Sketch of the medical history of the native army of Bombay, for the year
Year: 1870
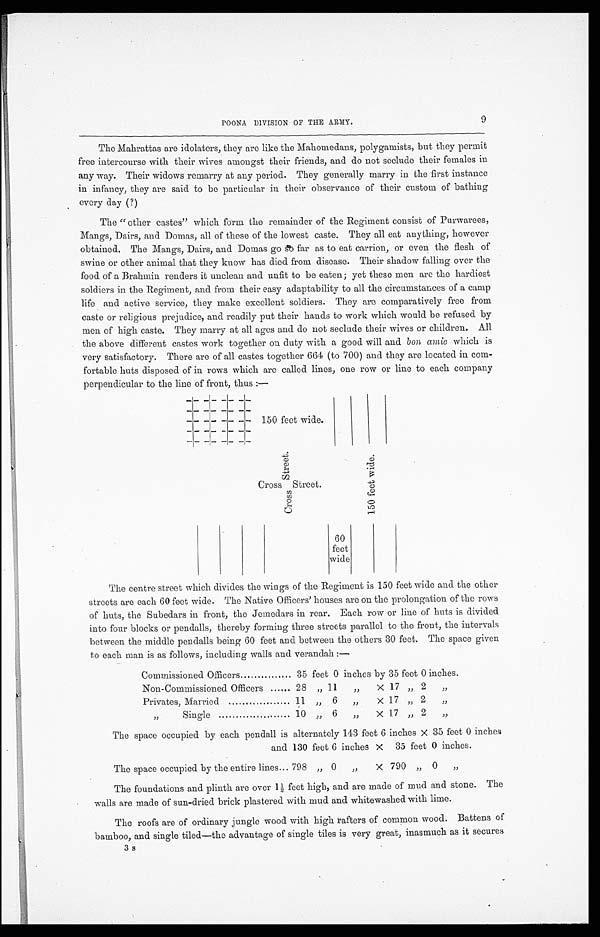
POONA DIVISION OF THE ARMY.
9
The Mahrattas are idolaters, they are like the Mahomedans, polygamists, but they permit
free intercourse with their wives amongst their friends, and do not seclude their females in
any way. Their widows remarry at any period. They generally marry in the first instance
in infancy, they are said to be particular in their observance of their custom of bathing
every day (?)
The "other castes" which form the remainder of the Regiment consist of Purwarees,
Mangs, Pairs, and Domas, all of these of the lowest caste. They all eat anything, however
obtained. The Mangs, Pairs, and Domas go At far as to eat carrion, or even the flesh of
swine or other animal that they know has died from disease. Their shadow falling over the
food of a Brahmin renders it unclean and unfit to be eaten; yet these men are the hardiest
soldiers in the Regiment, and from their easy adaptability to all the circumstances of a camp
life and active service, they make excellent soldiers. They are comparatively free from
caste or religious prejudice, and readily put their hands to work which would be refused by
men of high caste. They marry at all ages and do not seclude their wives or children. All
the above different castes work together on duty with a good will and boa amie which is
very satisfactory. There are of all castes together 661 (to 700) and they are located in com-
fortable huts disposed of in rows which are called lines, one row or line to each company
perpendicular to the line of front, thus :—
-
- - -
-
-
- - -
-
- -
- -
- 150 feet wide.
-
- - -
-
S t r e e t
1 5 0 f e e t w i d e .
Cross Street.
C r o s s
60
feet
wide
The centre street which divides the wings of the Regiment is 150 feet wide and the other
streets are each 60 feet wide. The Native Officers' houses are on the prolongation of the rows
of huts, the Subedars in front, the Jemedars in rear. Each row or line of huts is divided
into four blocks or pendalls, thereby forming three streets parallel to the front, the intervals
between the middle pendalls being 60 feet and between the others 30 feet. The space given.
to each man is as follows, including walls and verandah :—
Commissioned Officers
35 feet 0 inches by 35 feet 0 inches.
Non-Commissioned Officers
28 „ 11
„
X 17 „ 2
„
Privates, Married
11 2 2 6 , ,
X 17 „ 2
„
„
Single
10 „ 6
„
X 17 ,, 2
,,
The space occupied by each pendall is alternately 143 feet 6 inches X 35 feet 0 inches
and 130 feet 6 inches x 35 feet 0 inches.
The space occupied by the entire lines 798 „ 0
„
X 790 „ 0 „
The foundations and plinth are over 1 feet high, and are made of mud and stone. The
walls are made of sun-dried brick plastered with mud and whitewashed with lime.
The roofs are of ordinary jungle wood with high rafters of common wood. Battens of
bamboo, and single tiled—the advantage of single tiles is very great, inasmuch as it secures
3s